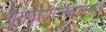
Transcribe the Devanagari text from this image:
पुतळ्याजवळ५७